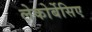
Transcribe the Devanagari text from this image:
लेकोर्बेसिए